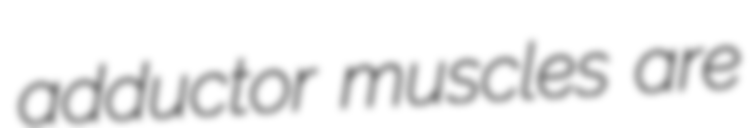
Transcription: adductor muscles are